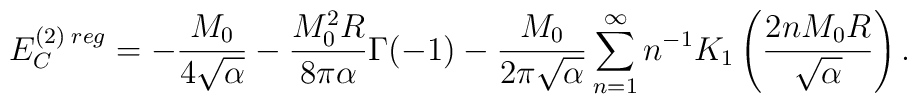
E_C^{(2)\;reg}=-\frac{M_0}{4\sqrt{\alpha}}-\frac{M_0^2 R}{8\pi\alpha}\Gamma(-1)-\frac{M_0}{2\pi\sqrt{\alpha}}\sum\limits_{n=1}^{\infty}n^{-1}K_1\left(\frac{2n M_0 R}{\sqrt{\alpha}}\right).